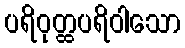
ပရိဝုတ္ထပရိဝါသော